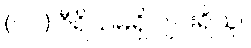
(၁၀) ဝီရိယမရှိ ပျင်းရိသူ။